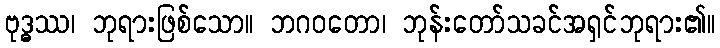
ဗုဒ္ဓဿ၊ ဘုရားဖြစ်သော။ ဘဂဝတော၊ ဘုန်းတော်သခင်အရှင်ဘုရား၏။